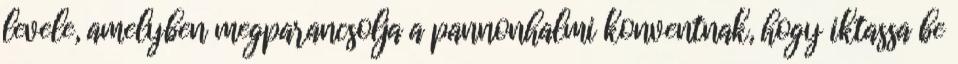
levele, amelyben megparancsolja a pannonhalmi konventnak, hogy iktassa be